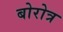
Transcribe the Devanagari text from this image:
बोरोत्र